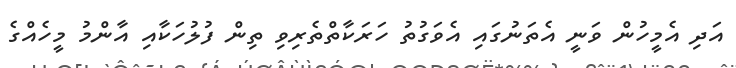
އަދި އެމީހުން ވަނީ އެތަނުގައި އެވަގުތު ހަރަކާތްތެރިވި ތިން ފުލުހަކާއި އާންމު މީހެއްގެ